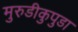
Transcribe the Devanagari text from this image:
मुरुडीकुपुडा